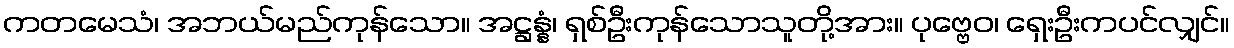
ကတမေသံ၊ အဘယ်မည်ကုန်သော။ အဋ္ဌန္နံ၊ ရှစ်ဦးကုန်သောသူတို့အား။ ပုဗ္ဗေဝ၊ ရှေးဦးကပင်လျှင်။